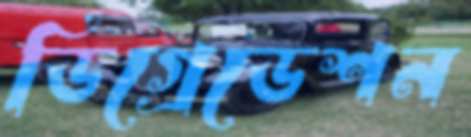
ডিগ্রেডেশন